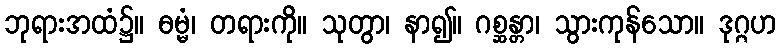
ဘုရားအထံ၌။ ဓမ္မံ၊ တရားကို။ သုတွာ၊ နာ၍။ ဂစ္ဆန္တာ၊ သွားကုန်သော။ ဒုဂ္ဂဟ